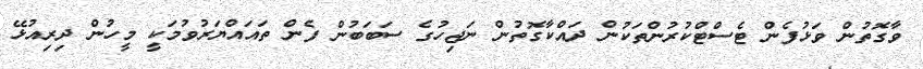
ވާގޮތުން ވަޅުފެން ޓެސްޓްކުރުންތަކުން ދައްކާގޮތުން ނަޖިހުގެ ސަބަބުން ފެން ތައައްޔަރުވުމަކީ މީހުން ދިރިއުޅޭ